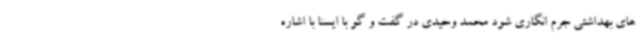
های بهداشتی جرم انگاری شود محمد وحیدی در گفت و گو با ایسنا با اشاره